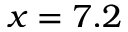
x = 7 . 2